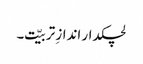
لچکدار اندازِ تربیّت۔